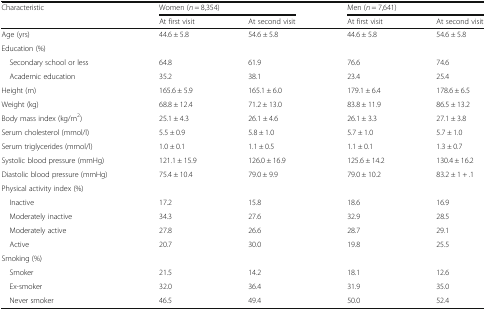
<table><thead><tr><td rowspan="2"><b>Characteristic</b></td><td colspan="2"><b>Women (<i>n</i> = 8,354)</b></td><td colspan="2"><b>Men (<i>n</i> = 7,641)</b></td></tr><tr><td><b>At first visit</b></td><td><b>At second visit</b></td><td><b>At first visit</b></td><td><b>At second visit</b></td></tr></thead><tbody><tr><td>Age (yrs)</td><td>44.6 ± 5.8</td><td>54.6 ± 5.8</td><td>44.6 ± 5.8</td><td>54.6 ± 5.8</td></tr><tr><td colspan="5">Education (%)</td></tr><tr><td> Secondary school or less</td><td>64.8</td><td>61.9</td><td>76.6</td><td>74.6</td></tr><tr><td> Academic education</td><td>35.2</td><td>38.1</td><td>23.4</td><td>25.4</td></tr><tr><td>Height (m)</td><td>165.6 ± 5.9</td><td>165.1 ± 6.0</td><td>179.1 ± 6.4</td><td>178.6 ± 6.5</td></tr><tr><td>Weight (kg)</td><td>68.8 ± 12.4</td><td>71.2 ± 13.0</td><td>83.8 ± 11.9</td><td>86.5 ± 13.2</td></tr><tr><td>Body mass index (kg/m<sup>2</sup>)</td><td>25.1 ± 4.3</td><td>26.1 ± 4.6</td><td>26.1 ± 3.3</td><td>27.1 ± 3.8</td></tr><tr><td>Serum cholesterol (mmol/l)</td><td>5.5 ± 0.9</td><td>5.8 ± 1.0</td><td>5.7 ± 1.0</td><td>5.7 ± 1.0</td></tr><tr><td>Serum triglycerides (mmol/l)</td><td>1.0 ± 0.1</td><td>1.1 ± 0.5</td><td>1.1 ± 0.1</td><td>1.3 ± 0.7</td></tr><tr><td>Systolic blood pressure (mmHg)</td><td>121.1 ± 15.9</td><td>126.0 ± 16.9</td><td>125.6 ± 14.2</td><td>130.4 ± 16.2</td></tr><tr><td>Diastolic blood pressure (mmHg)</td><td>75.4 ± 10.4</td><td>79.0 ± 9.9</td><td>79.0 ± 10.2</td><td>83.2 ± 1 + .1</td></tr><tr><td colspan="5">Physical activity index (%)</td></tr><tr><td> Inactive</td><td>17.2</td><td>15.8</td><td>18.6</td><td>16.9</td></tr><tr><td> Moderately inactive</td><td>34.3</td><td>27.6</td><td>32.9</td><td>28.5</td></tr><tr><td> Moderately active</td><td>27.8</td><td>26.6</td><td>28.7</td><td>29.1</td></tr><tr><td> Active</td><td>20.7</td><td>30.0</td><td>19.8</td><td>25.5</td></tr><tr><td colspan="5">Smoking (%)</td></tr><tr><td> Smoker</td><td>21.5</td><td>14.2</td><td>18.1</td><td>12.6</td></tr><tr><td> Ex-smoker</td><td>32.0</td><td>36.4</td><td>31.9</td><td>35.0</td></tr><tr><td> Never smoker</td><td>46.5</td><td>49.4</td><td>50.0</td><td>52.4</td></tr></tbody></table>